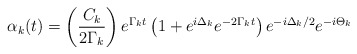
\begin{align*}\alpha _k(t)=\left( \frac{C _k}{2\Gamma _k}\right) e^{\Gamma _kt}\left(1+e^{i\Delta _k}e^{-2\Gamma _kt}\right) e^{-i\Delta _k/2}e^{-i\Theta _k}\end{align*}